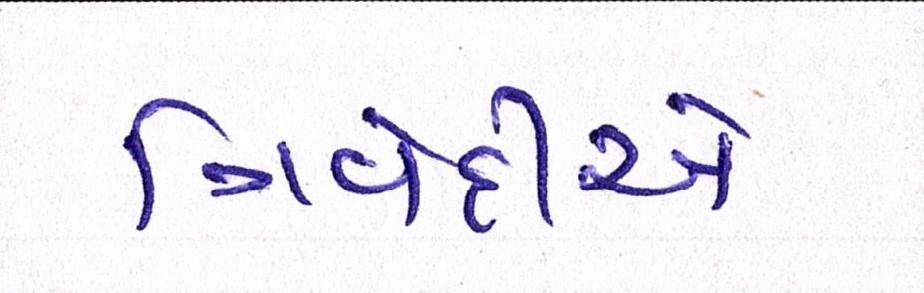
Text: ત્રિવેદીએ